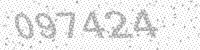
Solution: 097424